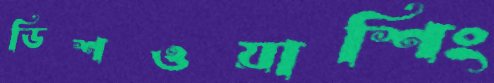
ডিশওয়াশিং